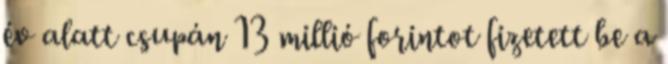
év alatt csupán 13 millió forintot fizetett be a